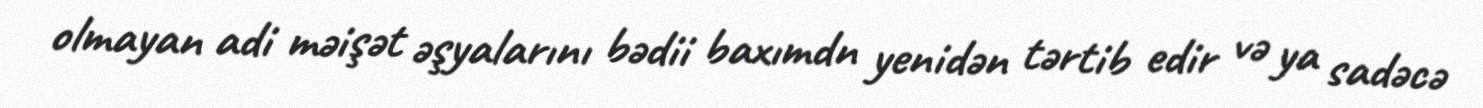
olmayan adi məişət əşyalarını bədii baxımdn yenidən tərtib edir və ya sadəcə